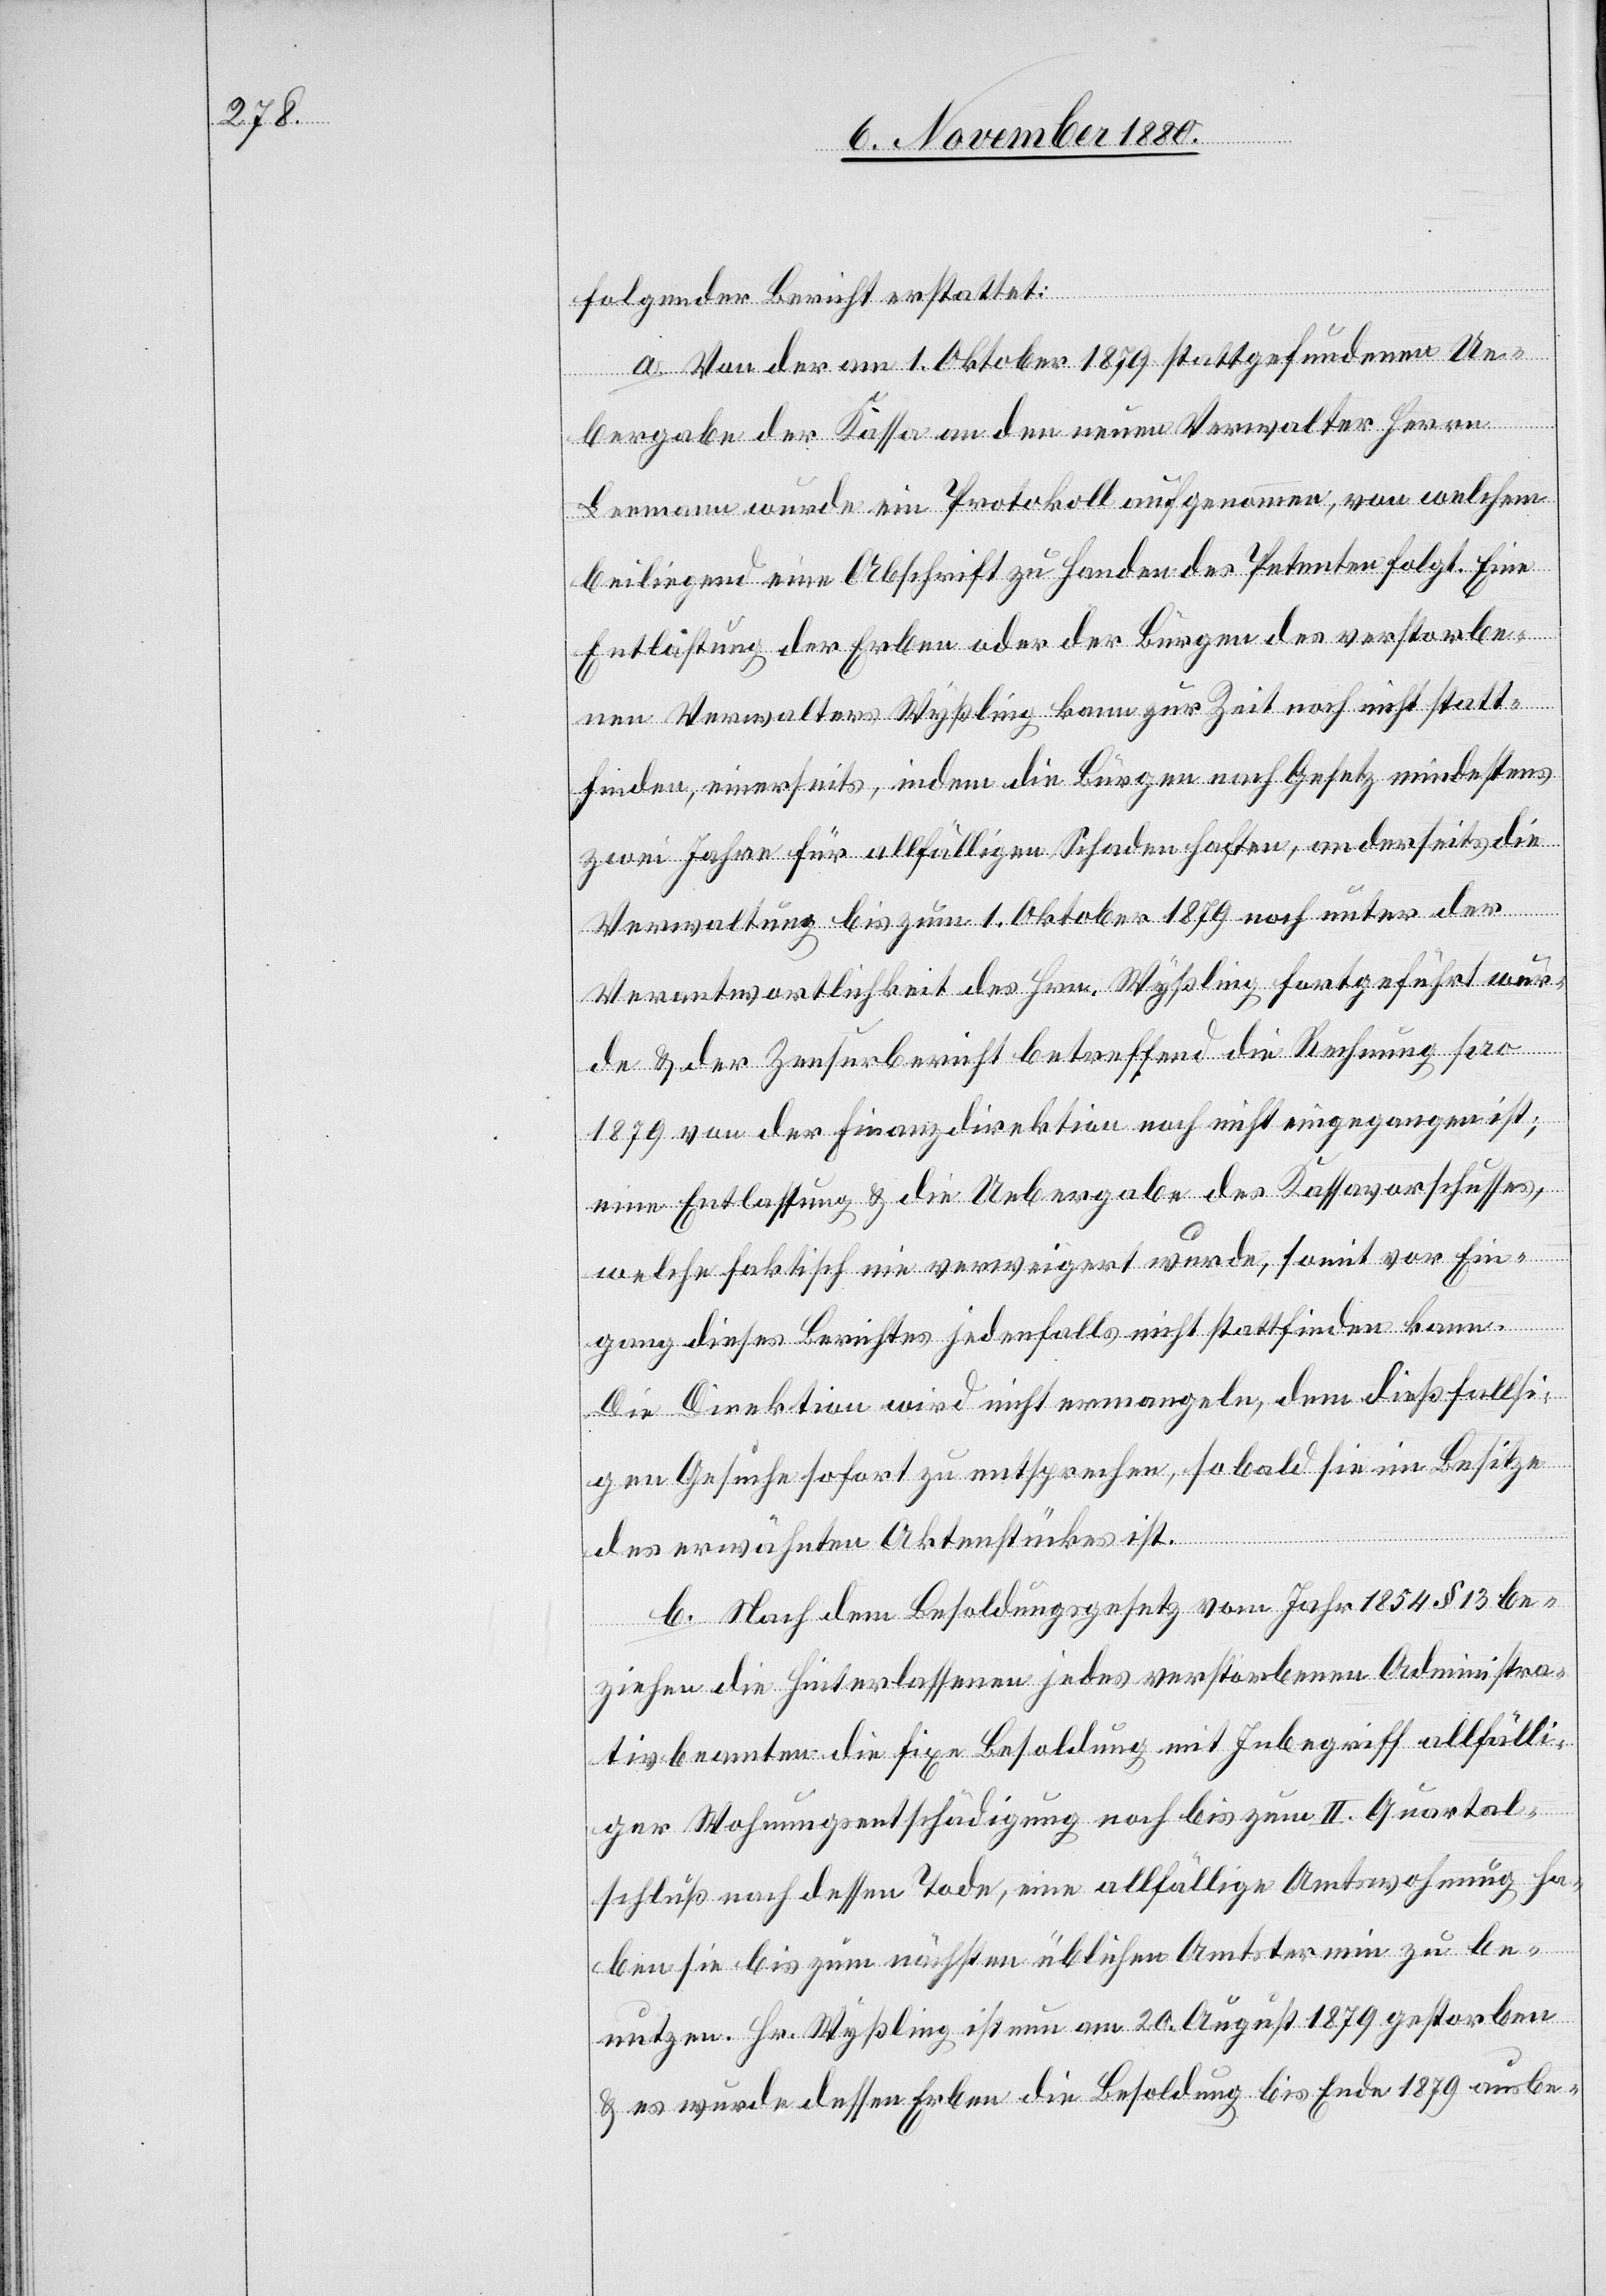
folgender Bericht erstattet:
a. Von der am 1. Oktober 1879 stattgefundenen Ue¬
bergabe der Kassa an den neuen Verwalter Herrn
Leemann wurde ein Protokoll aufgenommen, von welchem
beiliegend eine Abschrift zu Handen des Petenten folgt. Eine
Entlastung der Erben oder der Bürgen des verstorbe¬
nen Verwalters Wyßling kann zur Zeit noch nicht statt¬
finden, einerseits, indem die Bürgen nach Gesetz mindestens
zwei Jahre für allfälligen Schaden haften, anderseits die
Verwaltung bis zum 1. Oktober 1879 noch unter der
Verantwortlichkeit des Hrn. Wyßling fortgeführt wur¬
de & der Zensurbericht betreffend die Rechnung pro
1879 von der Finanzdirektion noch nicht eingegangen ist;
eine Entlastung & die Uebergabe des Kassavorschusses,
welche faktisch nie verweigert wurde, somit vor Ein¬
gang diese Berichtes jedenfalls nicht stattfinden kann.
Die Direktion wird nicht ermangeln, dem dießfallsi¬
gen Gesuche sofort zu entsprechen, sobald sie im Besitze
des erwähnten Aktenstückes ist.
b. Nach dem Besoldungsgesetz vom Jahr 1854 § 13 be¬
ziehen die Hinterlassenen jedes verstorbenen Administra¬
tivbeamten die fixe Besoldung mit Inbegriff allfälli¬
ger Wohnungsentschädigung noch bis zum II. Quartal¬
schluß nach dessen Tode, eine allfällige Amtswohnung ha¬
ben sie bis zum nächsten üblichen Amtstermin zu be¬
nutzen. Hr. Wyßling ist nun am 20. August 1879 gestorben
& es wurde dessen Erben die Besoldung bis Ende 1879 ausbe-